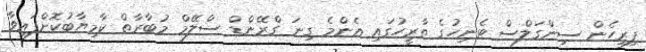
ފިރިހެން ސިންގަލްސް ޓެނިހުގެ ތާރީހުގައި އެންމެ ގިނަ ގްރޭންޑް ސްލޭމް މުބާރާތް ކާމިޔާބުކޮށްފައިވާ